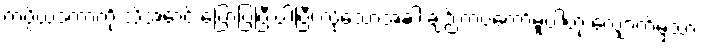
ကပ္ပိယဒကာကို သိအောင် ပြောပြပြီးပါပြီ၊ လိုသောအခါ ချဉ်းကပ်တော်မူပါဟု လျှောက်မှသာ